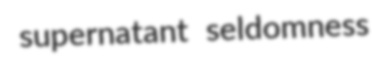
supernatant seldomness